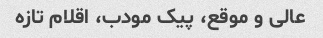
عالی و موقع، پیک مودب، اقلام تازه